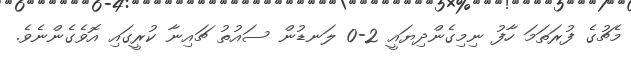
މެޗުގެ ފުރަތަމަ ހާފު ނިމިގެންދިޔައީ 2-0 ލަނޑުން ސައުތު ޗައިނާ ކުރީގައި އޮވެގެންނެވެ.